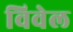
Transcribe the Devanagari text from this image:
विवेल